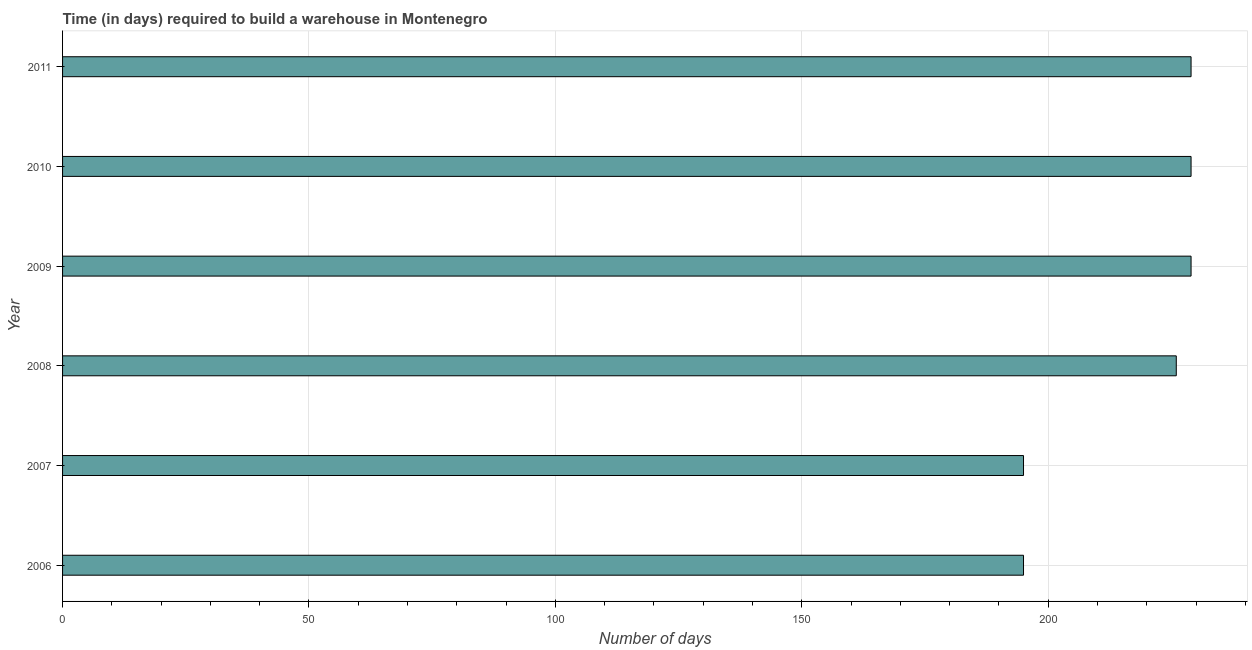
| Year | Time required to build a warehouse |
 | --- | --- |
 | 2006 | 195 |
 | 2007 | 195 |
 | 2008 | 226 |
 | 2009 | 229 |
 | 2010 | 229 |
 | 2011 | 229 |